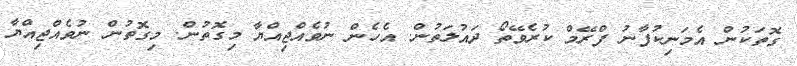
ގޮތަކުން އެމަނިކުފާނު ފްރޭމް ކުރެވޭތޯ ދައުލަތުން. އެހެން ނުވެއްޖިއްޔާ މިގޮތުން. މިގޮތުން ނުވެއްޖިއްޔާ